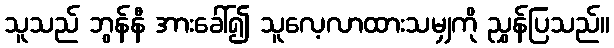
သူသည် ဘွန်နီ အားခေါ်၍ သူလေ့လာထားသမျှကို ညွှန်ပြသည်။